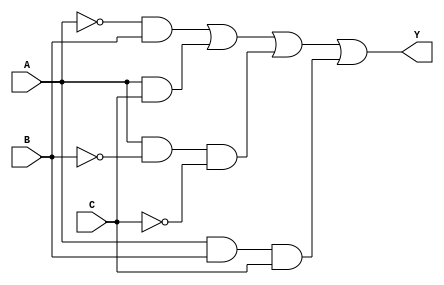
module combinational_logic_block (
    input wire A,  // Input A
    input wire B,  // Input B
    input wire C,  // Input C
    output wire Y  // Output Y
);

// Internal signals for the essential prime implicants
wire p1, p2, p3;

// Define the essential prime implicants based on the simplified Boolean function
// For example, let's say the EPIs are:
// EPI1 = A'B + AC
// EPI2 = AB'C'
// EPI3 = ABC

// EPI1: A'B + AC
assign p1 = (~A & B) | (A & C);

// EPI2: AB'C'
assign p2 = A & (~B) & (~C);

// EPI3: ABC
assign p3 = A & B & C;

// Final output Y is the OR of all essential prime implicants
assign Y = p1 | p2 | p3;

endmodule